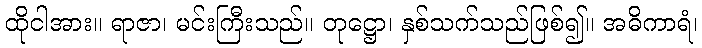
ထိုငါအား။ ရာဇာ၊ မင်းကြီးသည်။ တုဋ္ဌော၊ နှစ်သက်သည်ဖြစ်၍။ အဓိကာရံ၊